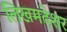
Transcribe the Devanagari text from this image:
लिखमदेशर